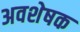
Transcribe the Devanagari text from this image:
अवशेषक